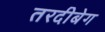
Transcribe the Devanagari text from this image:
तरदीबेग